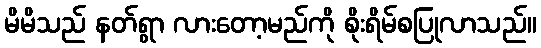
မိမိသည် နတ်ရွာ လားတော့မည်ကို စိုးရိမ်စပြုလာသည်။